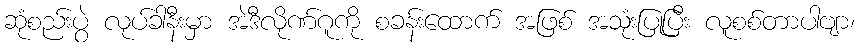
ဆုံစည်းပွဲ လုပ်ခါနီးမှာ အဲဒီလိုဏ်ဂူကို စခန်းထောက် အဖြစ် အသုံးပြုပြီး လူစစ်တာပါဗျာ၊